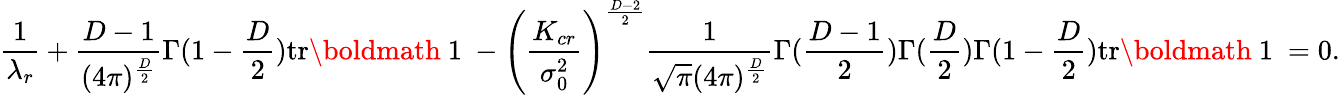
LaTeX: \frac{1}{\lambda_{r}}+\frac{D-1}{(4\pi)^{\frac{D}{2}}}\Gamma(1-\frac{D}{2})\mathrm{tr}\mathrm{\boldmath~1~}-\left(\frac{K_{cr}}{\sigma_{0}^{2}}\right)^{\frac{D-2}{2}}\frac{1}{\sqrt{\pi}(4\pi)^{\frac{D}{2}}}\Gamma(\frac{D-1}{2})\Gamma(\frac{D}{2})\Gamma(1-\frac{D}{2})\mathrm{tr}\mathrm{\boldmath~1~}=0.